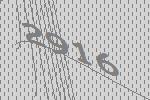
2916